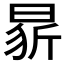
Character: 𭦢